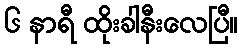
၆ နာရီ ထိုးခါနီးလေပြီ။